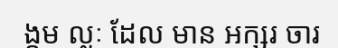
ង្កម ល្លៈ ដែល មាន អក្សរ ចារ